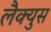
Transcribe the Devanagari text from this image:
लैक्युस